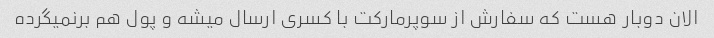
الان دوبار هست که سفارش از سوپرمارکت با کسری ارسال میشه و پول هم برنمیگرده